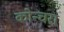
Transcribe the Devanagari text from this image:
कोन्चरा